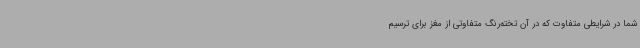
شما در شرایطی متفاوت که در آن تخته‌رنگ متفاوتی از مغز برای ترسیم